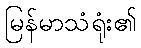
မြန်မာသံရုံး၏